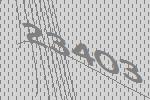
23403